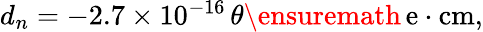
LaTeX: \begin{array}{r}{d_{n}=-2.7\times 10^{-16}\, \theta\ensuremath{\, \mathrm{e\cdot cm}},}\end{array}